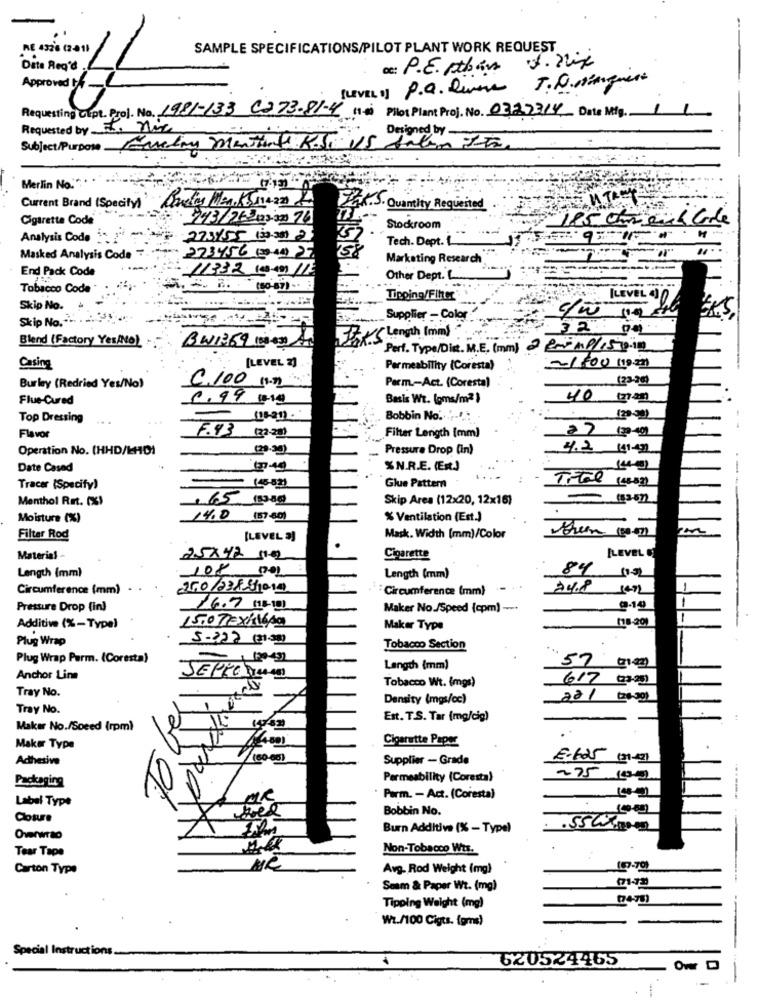
.
RE 432'6 (2-411
SAMPLE SPECIFICATIONS/PILOT PLANT WORK REQUEST
Date Req'd
De: P.E. pthas
(LEVEL 1) P.a. Quase J. Distinguere
Requesting Cept. Proj. No. 1981-133 0273-81-4 1-0) Pilot Plant Proj. No. 0322314 Date Mig. 1
1
Requested by. nic
Designed by
Subject/Purpose Fredag montiert Rodi US Salam 1Th
Merlin No." · · ·
Current Brand (Specify) Donefay Mon, KSmezza 4
AUTRET
. Quantity Requested
Cigarette Code'
743/262003-200 74
Stockroom
185 Chreich Coole
Analysis Code
273/55 (30.33) 23
Tech. Dept.
Masked Analysis Code 7.
273456 (2009) 27
Marketing Research
End Pack Code
11332 100-9 /12
--
Other Dept. L.
Tobacco Code
....
Tipping/Filter
[LEVEL 10
Skip No.
Skip No.
Supplier - Color
Jak S Length Imml
3200.
Blend (Factory Yes/No)
BW1369 (33-43) A
Perf. Type/Die. M.E. (mm) 2 EmMP/15 9-19
Casing
[LEVEL 2]
Permeability (Coresta)
-1800 110m3)
C.100 n.2
(23.20)
Burley (Redried Yes/No)
Perm .- Act. (Coresta)
Flue-Cured
0.99 110
Basis Wt. (oms/m2}
40 (non)
Top Dressing
Bobbin No .. "-" :
Flavor
F.43 (2 21)
Filter Length (mm)
27 ( 40)
Operation No. (HHD/LHDI
Pressure Drop (in)
4.2 111-2
Date Cased
XN.R.E. (Ex)
14-0)
Titel (1332)
Tracer (Specify)
Glue Pattern
---
Menthol Ret. (%)
1.65 13:00)
Skip Area (12x20, 12x16)
Moisture (%)
14.0 (57-60)
% Ventilation (Est.)
-
Filter Rod
[LEVEL 3]
Mask. Width (mm)/Color
LEVEL
Material -
25x42 5102
Cigarette
108 1001
84
Length (mm)
Length (mm)
Circumference (mm)
250/23823019
"Circumference (mm)
24.8 107
1
Pressure Drop (in)
16.7 13/10)
Maker No./Speed (cpm) -.
9-19
(18-20)
Additive (%-Type)
15.07 Ex/16/0
Maker Type
Plug Wrap
5-322 (31)
Tobacco Section
...
Plug Wrap Parm. (Coresta)
Length (mm)
57 100
Anchor Line
Tobacco Wt. (mgs)
6/7@3.25)
Tray No.
Density (mgs/cc)
221 ( sg)
Tray No.
N
Est. T.S. Tar (mg/cig)
Maker No./Speed (rpm)
Cigarette Paper
Maker Type
Adhesive
(60-65)
Supplier - Grade
E-625 (31-2)
Packaging
Permeability (Coresta)
275 100
Label Type
MR
Parm. - Act. (Coresta)
Bobbin No.
Cloture
Burn Additive (% - Type)
Overwrio
Tear Tape
Non-Tobacco Wts.
Carton Type
Avg. Rod Weight (mg)
10.79)
Seam & Paper Wt. (mg)
(74-75)
Tipping Weight (mg)
Wt./100 Cigts. (grs)
Special Instructions
620524465
Ow D